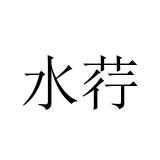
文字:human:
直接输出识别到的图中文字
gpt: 水荇